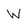
Character: W